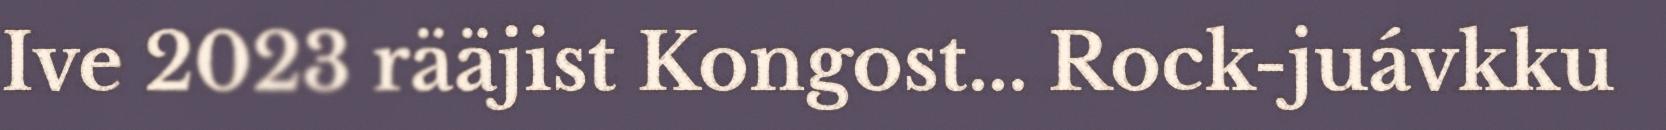
Ive 2023 rääjist Kongost... Rock-juávkku